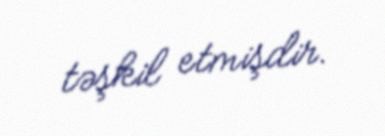
təşkil etmişdir.